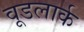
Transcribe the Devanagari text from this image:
वूडलार्क